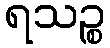
ရသဉ္စ